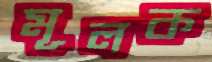
মূলক